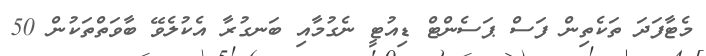
މެޓާފަދަ ތަކެތިން ފަސް ޕަސެންޓް ޑިއުޓީ ނެގުމާއި ބަނގުރާ އެކުލެވޭ ބާވަތްތަކުން 50